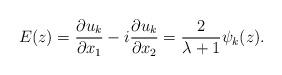
LaTeX: \begin{align*} E(z)=\frac{\partial u_k}{\partial x_1}-i \frac{\partial u_k}{\partial x_2}=\frac{2}{\lambda+1} \psi_k(z).\end{align*}